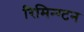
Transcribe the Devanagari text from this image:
रिमिन्ग्टन